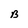
Character: B